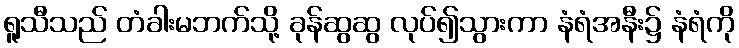
ရူသီသည် တံခါးမဘက်သို့ ခုန်ဆွဆွ လုပ်၍သွားကာ နံရံအနီး၌ နံရံကို